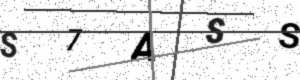
Text: S7ASS